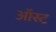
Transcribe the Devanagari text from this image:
ऑस्ट